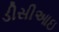
ડીસીઆઇ